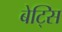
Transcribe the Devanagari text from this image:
बेट्सि